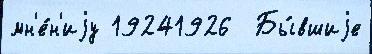
мн'е́н'иjу 19241926  Бы́вшиjе